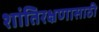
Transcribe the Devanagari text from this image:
शांतिरक्षणासाठी